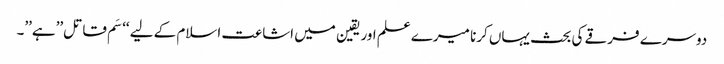
دوسرے فرقے کی بحث یہاں کرنا میرے علم اور یقین میں اشاعت اسلام کے لیے ‘‘سَم قاتل’’ہے’’۔